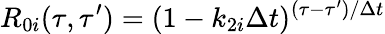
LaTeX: R_{0i}(\tau,\tau^{\prime})=(1-k_{2i}\Delta t)^{(\tau-\tau^{\prime})/\Delta t}